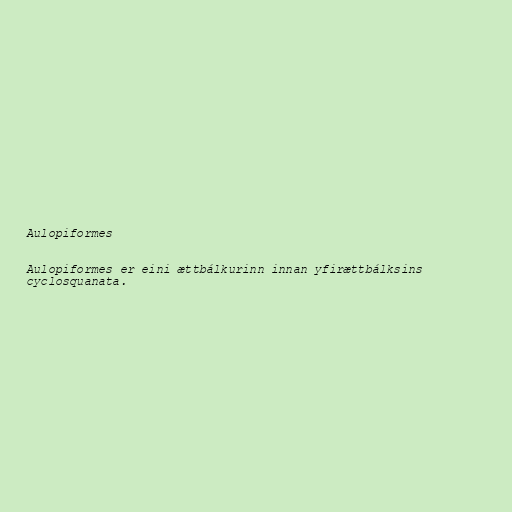
Aulopiformes

Aulopiformes er eini ættbálkurinn innan yfirættbálksins
cyclosquanata.